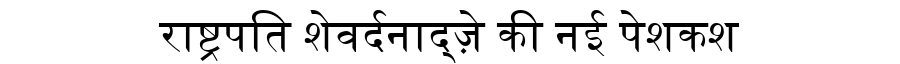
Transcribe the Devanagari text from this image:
राष्ट्रपति शेवर्दनाद्ज़े की नई पेशकश